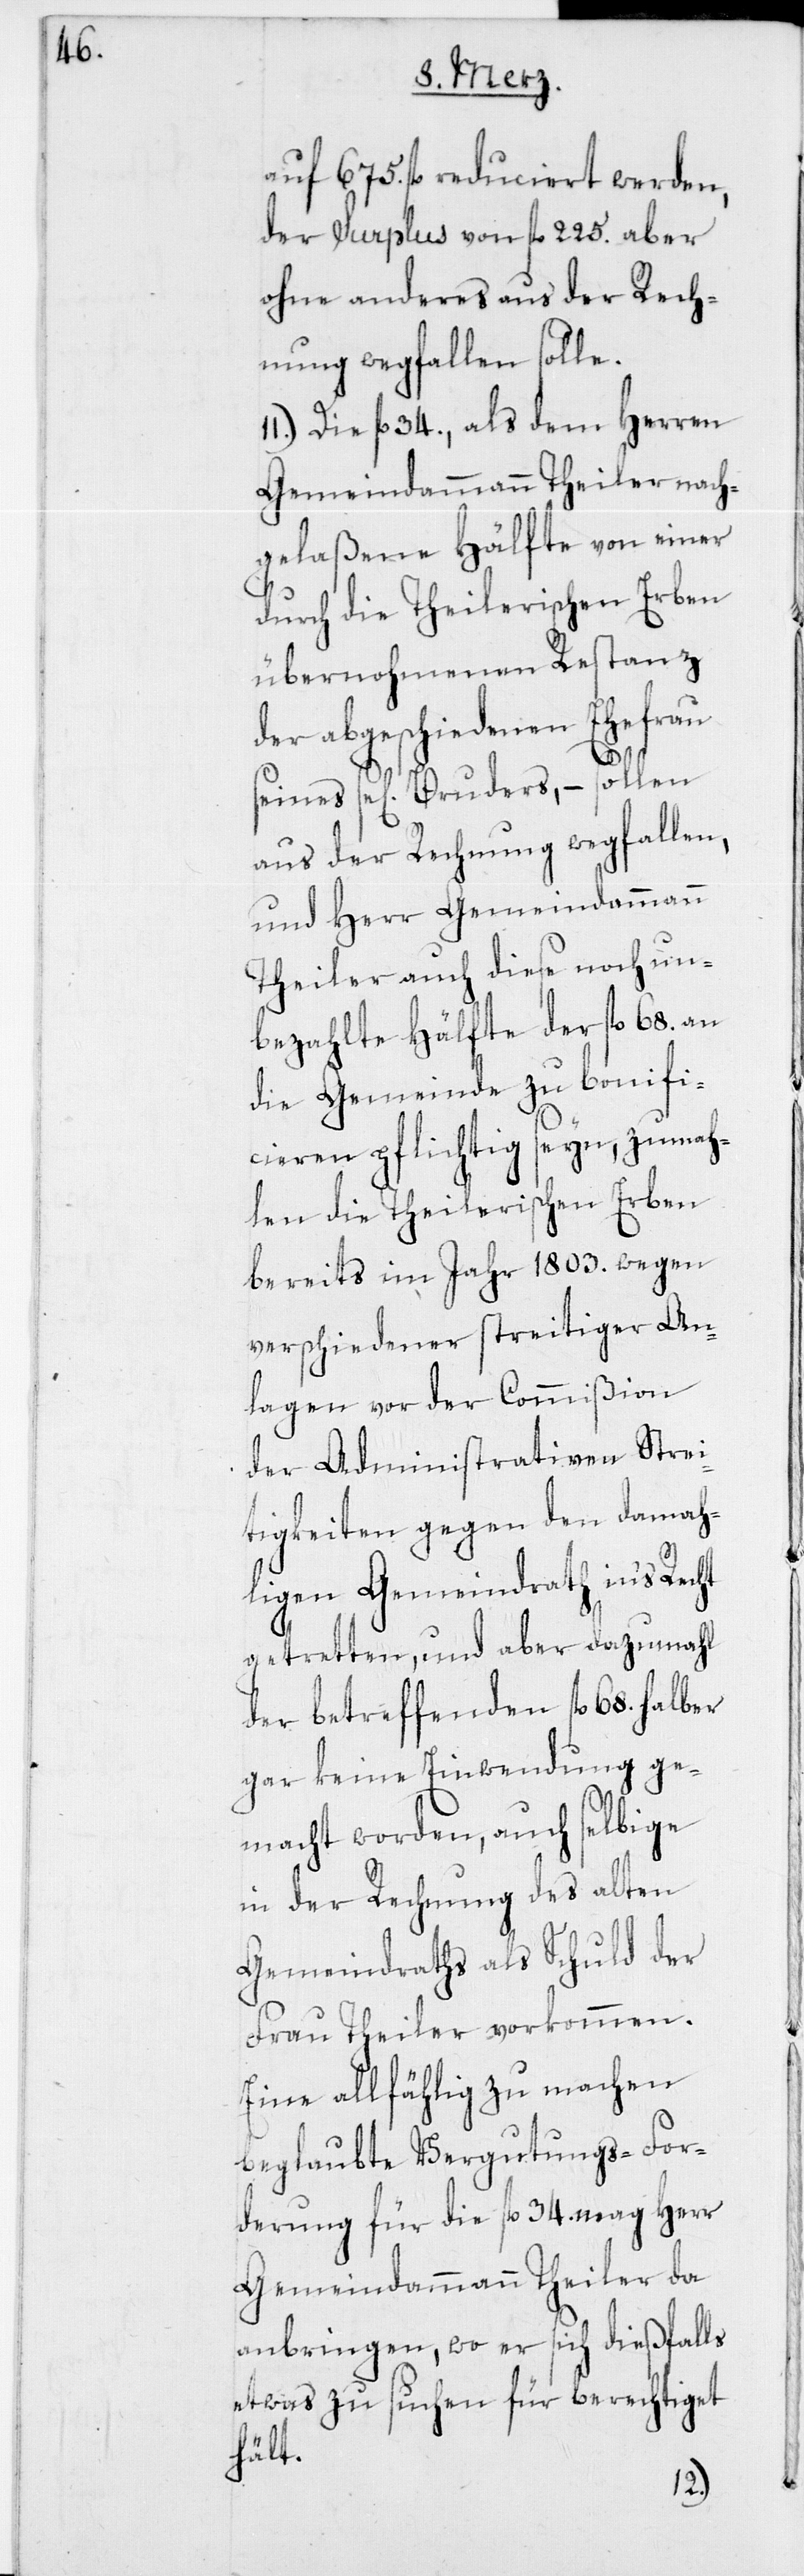
auf 675. fl. reduciert werden,
der Surplus von fl. 225. aber
ohne anderes aus der Rech¬
nung wegfallen solle.
11.) Die fl. 34., als dem Herren
Gemeindammann Theiler nach¬
gelaßene Hälfte von einer
durch die Theilerischen Erben
übernohmenen Restanz
der abgeschiedenen Ehefrau
seines se[ligen] Bruders, – sollen
aus der Rechnung wegfallen,
und Herr Gemeindammann
Theiler auch diese noch un¬
bezahlte Hälfte der fl. 68. an
die Gemeinde zu bonifi¬
cieren pflichtig seyn, zumah¬
len die Theilerischen Erben
bereits im Jahr 1803. wegen
verschiedener streitiger An¬
lagen vor der Commißion
der Administrativen Strei¬
tigkeiten gegen den damah¬
ligen Gemeindrath in‘s Recht
getretten, und aber dazumahl
der betreffenden fl. 68. halber
gar keine Einwendung ge¬
macht worden, auch selbige
in der Rechnung des alten
Gemeindraths als Schuld der
Frau Theiler vorkommen.
Eine allfählig zu machen
beglaubte Vergütungs-For¬
derung für die fl. 34. mag Herr
Gemeindammann Theiler da
anbringen, wo er sich dießfalls
etwas zu suchen für berechtiget
hält.